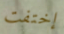
إختفت